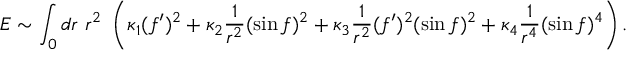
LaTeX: E \sim \int _ { 0 } d r ~ r ^ { 2 } ~ \left( \kappa _ { 1 } ( f ^ { \prime } ) ^ { 2 } + \kappa _ { 2 } \frac { 1 } { r ^ { 2 } } ( \sin f ) ^ { 2 } + \kappa _ { 3 } \frac { 1 } { r ^ { 2 } } ( f ^ { \prime } ) ^ { 2 } ( \sin f ) ^ { 2 } + \kappa _ { 4 } \frac { 1 } { r ^ { 4 } } ( \sin f ) ^ { 4 } \right) .